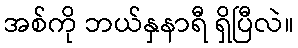
အစ်ကို ဘယ်နှနာရီ ရှိပြီလဲ။